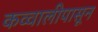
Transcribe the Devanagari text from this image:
कव्वालीपासून